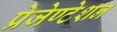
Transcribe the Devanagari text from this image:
प्रेजेण्टेशन